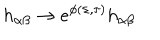
h _ { \alpha \beta } \to e ^ { \phi ( \sigma , \tau ) } h _ { \alpha \beta }